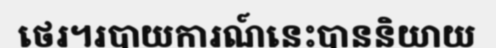
ថេរ។របាយការណ៍នេះបាននិយាយ